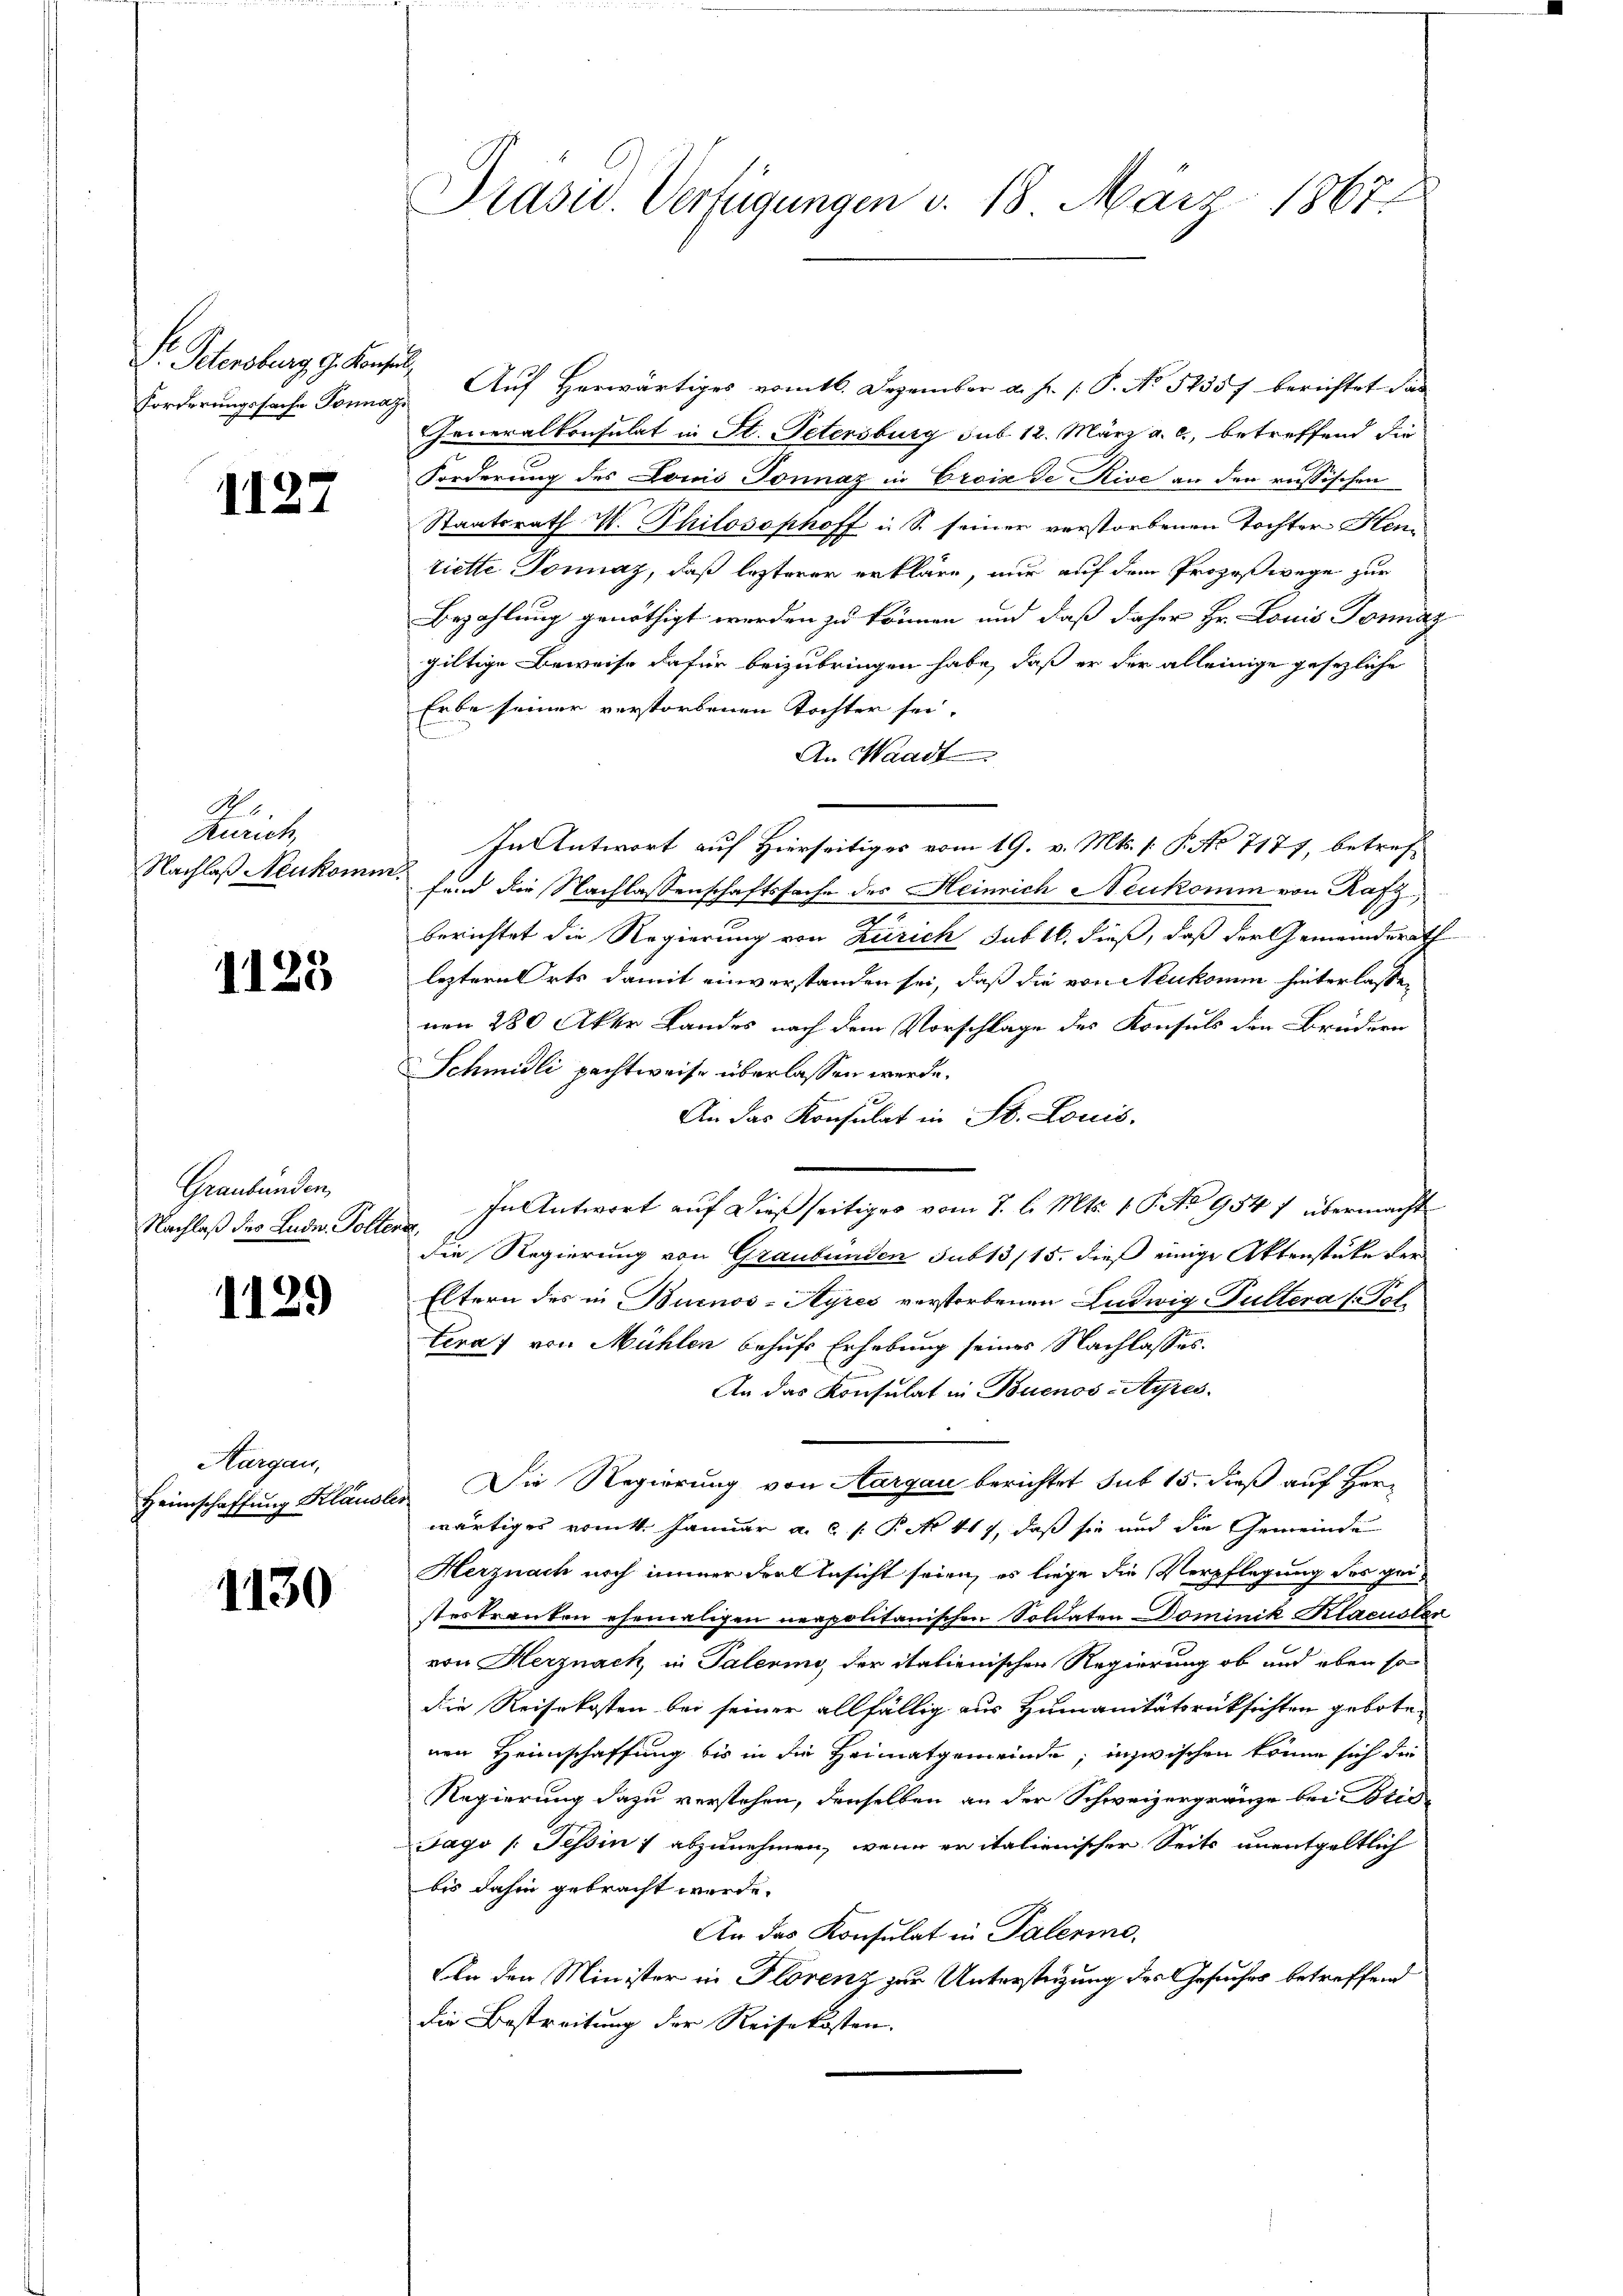
Dr. Petersburg, G. Konsul,
Forderungssache Tonnaz,

1127

Ao. 1
Zürich

1125

Graubünden,
Nachlaß des Ludn. Poltene,

1129

Aargau,

1130

Präsid. Verfügungen d. 18. März 1867.

Auf Herwärtiges vom 16. Dezember a. p. P. No 5255 f berichtet das
Generalkonsulat in St. Petersburg sub. 12. März a. c., betreffend die
Forderung des Louis Jonnaz in Croix de Rive an den russischen
Staatsrath M. Philosophoff i. S. seiner verstorbenen Tochter Hem
tiette Donnaz, daß lezterer erkläre, nur auf dem Prozeßwege zur
Bezahlung genöthigt werden zu können und daß daher Hr. Louis Formaz
giltige Beweise dafür beizubringen habe, daß er der alleinige gesezliche
Erbe seiner verstorbenen Tochter sei.
An Waadt
In Antwort auf Hierseitiges vom 19. v. Mts. [: P. No 7177, betref¬
Nachlaß Neukomm, sind die Nachlassenschaftssache des Heinrich Neukomm von Rafz,
berichtet die Regierung von Zürich sub tl. dieß, daß der Gemeinderath
leztern Orts damit einverstanden sei, daß die von Neukomm hinterlassen
nen 280 Akte Landes nach dem Vorschlage des Konsuls den Brüdern
Schmidli pachtweise überlassen werde.
An das Konsulat in St. Louis,
In Antwort auf dießseitiges vom 7. d. Mts. 1. P. No 954 1 übermacht
die Regierung von Graubünden sub 13/15. dieß einige Aktenstüke der
Eltern des in Buenos-Ayres verstorbenen Ludwig Fultera (Poltera, von Mühlen behufs Erhebung seines Nachlasses.
An das Konsulat in Buenos-Ayres.
Heimschaffung Klausler. Die Regierung von Aargau berichtet sub 15. dieß auf Herwärtiges vomt. Januar a. c. s. P. No 417, daß sie und die Gemeinde
Herznach noch immer den Ansicht seien, es liege die Verpflegung des geisteskranken ehemaligen neapolitanischen Soldaten Dominik Klacuster
von Herznach, in Palering der italienischen Regierung ob und eben so
die Reisekosten bei seiner allfällig aus Humanitätsrücksichten gebote
nen Heimschaffung bis in die Heimatgemeinde; inzwischen könne sich die
Regierung dazu verstehen, denselben an der Schweizergränze bei Brie
Tago (: Tessin abzunehmen, wenn er italienischer Seits unentgeltlich
bis dahin gebracht werde.
An das Konsulat in Palerie,
An den Minister in Florenz zur Unterstüzung des Gesuches betreffend
die Bestreitung der Reisekosten.

2